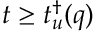
t \geq t _ { u } ^ { \dagger } ( q )